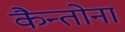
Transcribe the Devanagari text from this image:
कैन्तोना